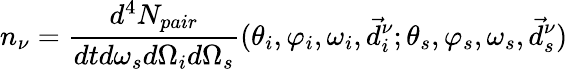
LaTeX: n_{\nu}=\frac{d^{4}N_{pair}}{dtd\omega_{s}d\Omega_{i}d\Omega_{s}}(\theta_{i},\varphi_{i},\omega_{i},\vec{d}_{i}^{\nu};\theta_{s},\varphi_{s},\omega_{s},\vec{d}_{s}^{\nu})